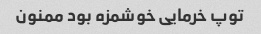
توپ خرمایی خوشمزه بود ممنون